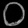
Digit: ၀